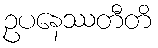
ဥပနေဿတီတိ